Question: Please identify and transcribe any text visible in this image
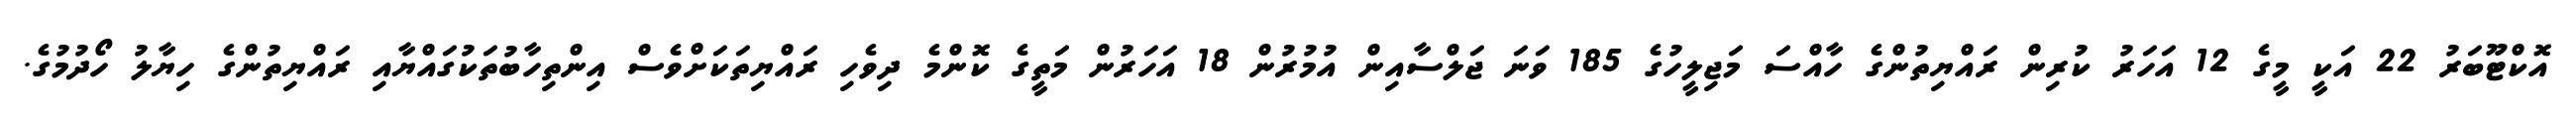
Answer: އޮކްޓޫބަރު 22 އަކީ މީގެ 12 އަހަރު ކުރިން ރައްޔިތުންގެ ހާއްސަ މަޖިލީހުގެ 185 ވަނަ ޖަލްސާއިން އުމުރުން 18 އަހަރުން މަތީގެ ކޮންމެ ދިވެހި ރައްޔިތަކަށްވެސް އިންތިހާބުތަކުގައްޔާއި ރައްޔިތުންގެ ހިޔާލު ހޯދުމުގެ.